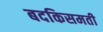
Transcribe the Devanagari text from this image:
बदकिसमती